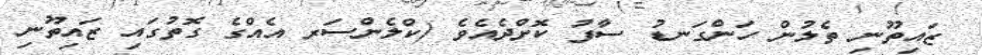
ޒައިތޫނި ތެލުން ހަންގަނޑު ސާފު ކޮށްދެއެވެ (ކްލެންސަރ އެއްގެ ގޮތުގައި ޒައިތޫނި